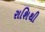
રાશિથી